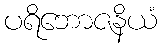
ပရိဘောဇနိယံ